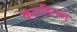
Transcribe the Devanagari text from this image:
कारडिनल